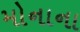
મોનાના